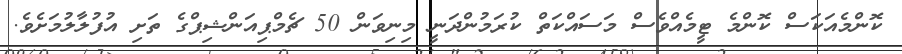
ކޮންމެއަކަސް ކޮންމެ ޓީމެއްވެސް މަސައްކަތް ކުރަމުންދަނީ މިނިވަން 50 ޗެމްޕިއަންޝިޕްގެ ތަށި އުފުލާލުމަށެވެ.